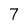
Character: 7